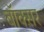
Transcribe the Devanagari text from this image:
बॉक्स़र